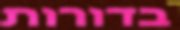
בדורות